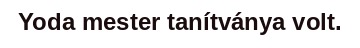
Yoda mester tanítványa volt.